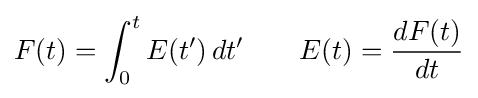
F(t)=\int _{0}^{t}E(t')\,dt'\qquad E(t)={\frac {dF(t)}{dt}}